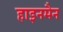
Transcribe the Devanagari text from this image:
हाइनमैन